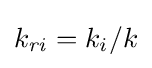
k_{\mathit {ri}}=k_{i}/k